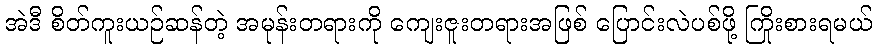
အဲဒီ စိတ်ကူးယဉ်ဆန်တဲ့ အမုန်းတရားကို ကျေးဇူးတရားအဖြစ် ပြောင်းလဲပစ်ဖို့ ကြိုးစားရမယ်